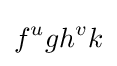
f^{u}gh^{v}k